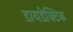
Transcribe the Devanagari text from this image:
डायडेक्टिक